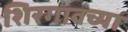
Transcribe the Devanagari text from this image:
शिरगावच्या